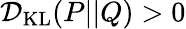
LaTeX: \mathcal{D}_{\mathrm{KL}}(P||Q)>0